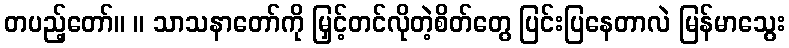
တပည့်တော်။ ။ သာသနာတော်ကို မြှင့်တင်လိုတဲ့စိတ်တွေ ပြင်းပြနေတာလဲ မြန်မာသွေး